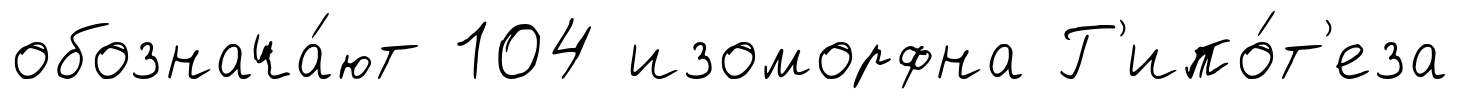
обознача́ют 104 изоморфна Г'ипо́т'еза